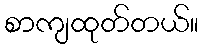
စာကျထုတ်တယ်။